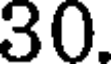
30.